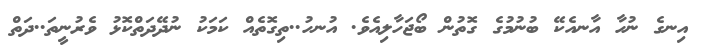
އިނގެ ނުހާ އާނއެކޭ ބުނުމުގެ ގޮތުން ބޯޖަހާލިއެވެ. އުނހު..ތިގޮތެއް ކަމަކު ނުދޭދަތްކޮޅު ވެރުނީތަ..ދަތް